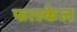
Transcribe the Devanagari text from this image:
फास्केल